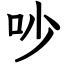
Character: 吵